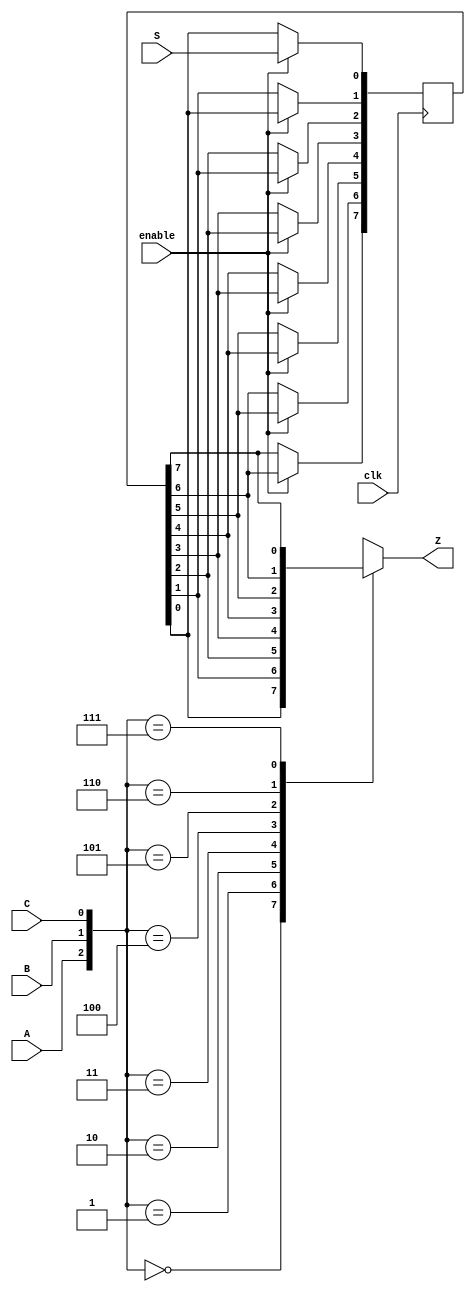
module top_module (
    input wire clk,
    input wire enable,
    input wire S,
    input wire A,
    input wire B,
    input wire C,
    output reg Z
); 
    reg [7:0] Q;
    
    always @(posedge clk) 
    begin
        if (enable) 
        begin
            Q[0] <= S;
            Q[1] <= Q[0];
            Q[2] <= Q[1];
            Q[3] <= Q[2];
            Q[4] <= Q[3];
            Q[5] <= Q[4];
            Q[6] <= Q[5];
            Q[7] <= Q[6];
        end
        else 
        begin
            Q[0] <= Q[0];
            Q[1] <= Q[1];
            Q[2] <= Q[2];
            Q[3] <= Q[3];
            Q[4] <= Q[4];
            Q[5] <= Q[5];
            Q[6] <= Q[6];
            Q[7] <= Q[7];        
        end
    end

    always @(*) 
    begin
        case({A, B, C})
            3'b000: Z = Q[0];
            3'b001: Z = Q[1];
            3'b010: Z = Q[2];
            3'b011: Z = Q[3];
            3'b100: Z = Q[4];
            3'b101: Z = Q[5];
            3'b110: Z = Q[6];
            3'b111: Z = Q[7];
        endcase
    end

endmodule